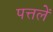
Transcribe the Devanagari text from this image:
पत्तलें